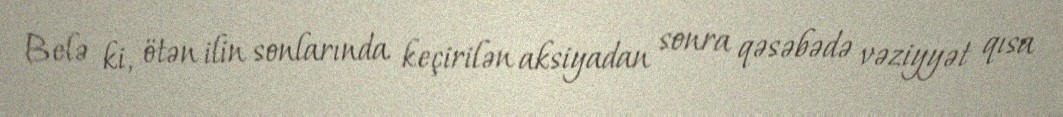
Belə ki, ötən ilin sonlarında keçirilən aksiyadan sonra qəsəbədə vəziyyət qısa